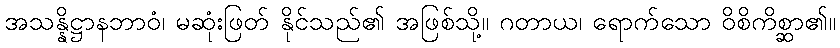
အသန္နိဋ္ဌာနဘာဝံ၊ မဆုံးဖြတ် နိုင်သည်၏ အဖြစ်သို့။ ဂတာယ၊ ရောက်သော ဝိစိကိစ္ဆာ၏။